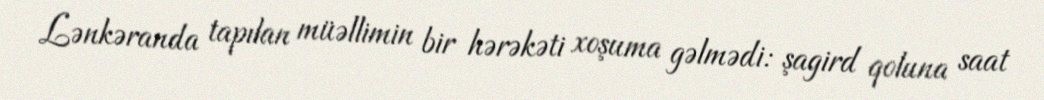
Lənkəranda tapılan müəllimin bir hərəkəti xoşuma gəlmədi: şagird qoluna saat